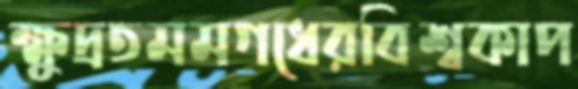
ক্ষুদ্রতমমগধেরবিশ্বকাপ